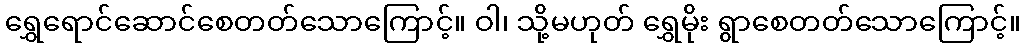
ရွှေရောင်ဆောင်စေတတ်သောကြောင့်။ ဝါ၊ သို့မဟုတ် ရွှေမိုး ရွာစေတတ်သောကြောင့်။